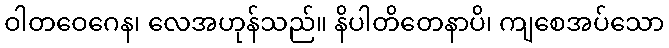
ဝါတဝေဂေန၊ လေအဟုန်သည်။ နိပါတိတေနာပိ၊ ကျစေအပ်သော